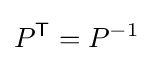
P^{\mathsf {T}}=P^{-1}